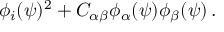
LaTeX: \phi _ { i } ( \psi ) ^ { 2 } + C _ { \alpha \beta } \phi _ { \alpha } ( \psi ) \phi _ { \beta } ( \psi ) \, .